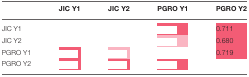
<table><thead><tr><td>[EMPTY_CELL]</td><td><b>JIC Y1</b></td><td><b>JIC Y2</b></td><td><b>PGRO Y1</b></td><td><b>PGRO Y2</b></td></tr></thead><tbody><tr><td>JIC Y1</td><td>[EMPTY_CELL]</td><td>[EMPTY_CELL]</td><td>[EMPTY_CELL]</td><td>0.711</td></tr><tr><td>JIC Y2</td><td>[EMPTY_CELL]</td><td>[EMPTY_CELL]</td><td>[EMPTY_CELL]</td><td>0.680</td></tr><tr><td>PGRO Y1</td><td>[EMPTY_CELL]</td><td>[EMPTY_CELL]</td><td>[EMPTY_CELL]</td><td>0.719</td></tr><tr><td>PGRO Y2</td><td>[EMPTY_CELL]</td><td>[EMPTY_CELL]</td><td>[EMPTY_CELL]</td><td>[EMPTY_CELL]</td></tr></tbody></table>